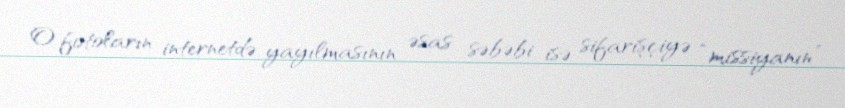
O fotoların internetdə yayılmasının əsas səbəbi isə sifarişçiyə “missiyanın”